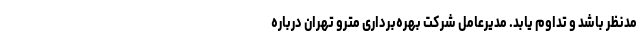
مدنظر باشد و تداوم یابد. مدیرعامل شرکت بهره‌برداری مترو تهران درباره